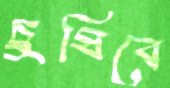
চুষিবে